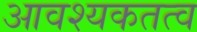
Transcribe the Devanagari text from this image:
आवश्यकतत्व